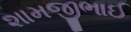
શામજીભાઈ